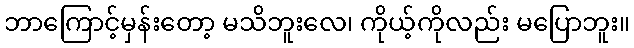
ဘာကြောင့်မှန်းတော့ မသိဘူးလေ၊ ကိုယ့်ကိုလည်း မပြောဘူး။